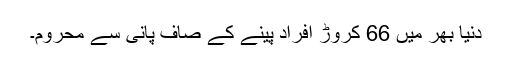
دنیا بھر میں 66 کروڑ افراد پینے کے صاف پانی سے محروم۔